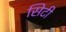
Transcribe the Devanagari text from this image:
सिटी